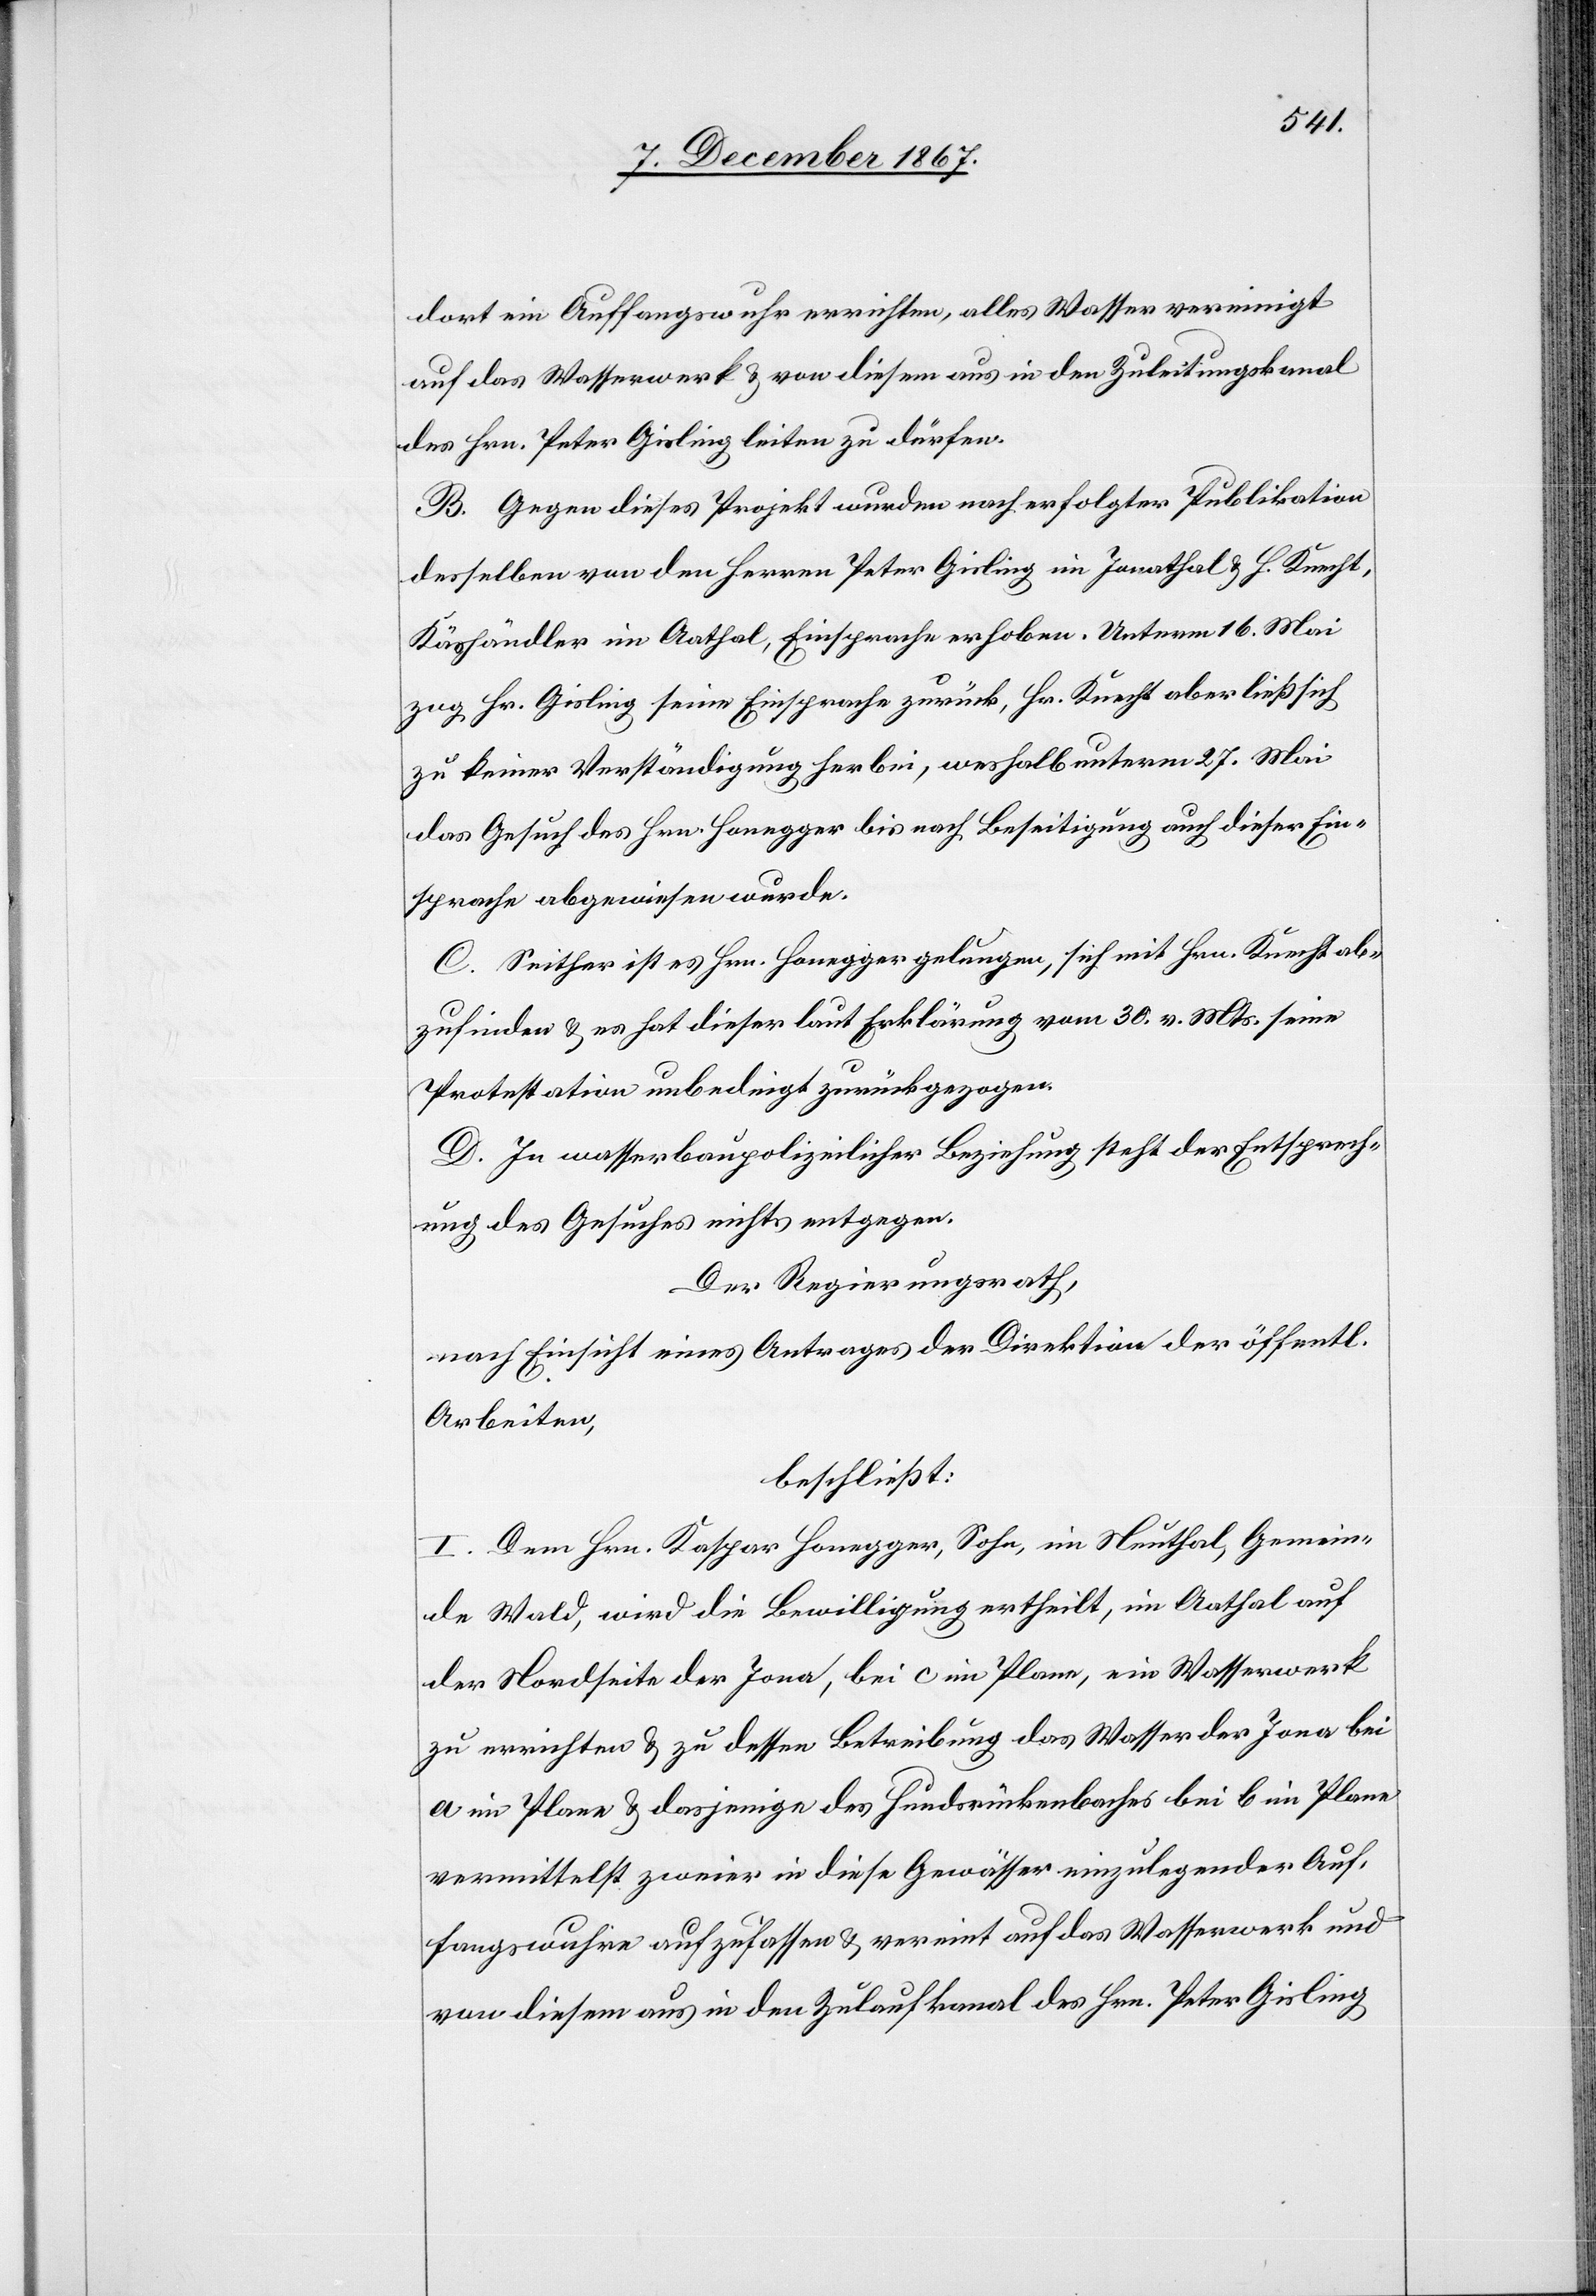
dort ein Auffangswuhr errichten, alles Wasser vereinigt
auf das Wasserwerk u. von diesem aus in den Zuleitungskanal
des Hrn. Peter Gisling leiten zu dürfen.
B. Gegen dieses Projekt wurden nach erfolgter Publikation
desselben von den Herren Peter Gisling im Jonathal u. H. Knecht,
Käshändler im Aathal, Einsprache erhoben, Unterm 16. Mai
zog Hr. Gisling seine Einsprache zurück, Hr. Knecht aber ließ sich
zu keiner Verständigung herbei, weshalb unterm 27. Mai
das Gesuch des Hrn. Honegger bis nach Beseitigung auch dieser Ein¬
sprache abgewiesen wurde.
C. Seither ist es Hrn. Honegger gelungen, sich mit Hrn. Knecht ab¬
zufinden u. es hat dieser laut Erklärung vom 30. v. Mts. seine
Protestation unbedingt zurückgezogen.
D. In wasserbaupolizeilicher Beziehung steht der Entsprech¬
ung des Gesuches nichts entgegen.
Der Regierungsrath,
nach Einsicht eines Antrages der Direktion der öff.
Arbeiten,
beschließt:
I. Dem Hrn. Kaspar Honegger, Sohn, im Neuthal, Gemein¬
de Wald, wird die Bewilligung ertheilt, im Aathal auf
der Nordseite der Jona, bei c im Plane, ein Wasserwerk
zu errichten u. zu dessen Betreibung das Wasser der Jona bei
a im Plane u. dasjenige des Hundrückenbaches bei b im Plane
vermittelst zweier in diese Gewässer einzulegender Auf¬
fangswuhre aufzufassen u. vereint auf das Wasserwerk und
von diesem aus in den Zulaufkanal des Hrn. Peter Gisling